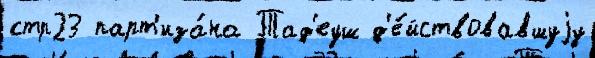
стр23 парт'иза́на Тад'еуш д'е́йствовавшуjу